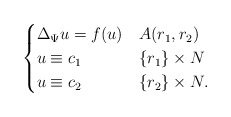
\begin{align*}\begin{cases} \Delta_\Psi u = f (u) & A(r_{1},r_{2}) \\ u \equiv c_{1} & \{ r_{1} \}\times N \\ u \equiv c_{2} &\{r_{2}\} \times N.\end{cases}\end{align*}